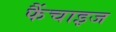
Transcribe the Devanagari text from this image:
फैंचाइज